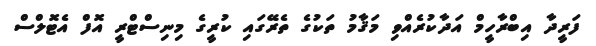
ފަރީދާ އިބްރާހީމް އަދާކުރެއްވި މަޤާމު ތަކުގެ ތެރޭގައި ކުރީގެ މިނިސްޓްރީ އޮފް އެޓޮލްސް